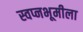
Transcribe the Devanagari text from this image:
स्वप्नभूमीला